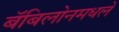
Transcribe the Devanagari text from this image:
बॅबिलोनमधले